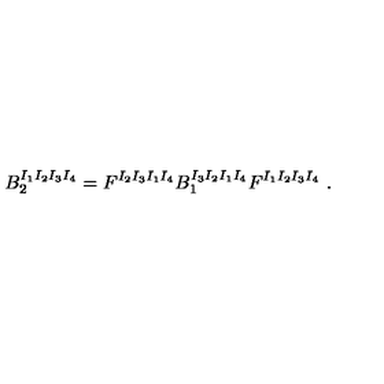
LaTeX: B _ { 2 } ^ { I _ { 1 } I _ { 2 } I _ { 3 } I _ { 4 } } = F ^ { I _ { 2 } I _ { 3 } I _ { 1 } I _ { 4 } } B _ { 1 } ^ { I _ { 3 } I _ { 2 } I _ { 1 } I _ { 4 } } F ^ { I _ { 1 } I _ { 2 } I _ { 3 } I _ { 4 } } \ .